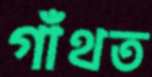
গাঁথত